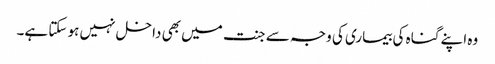
وہ اپنے گناہ کی بیماری کی وجہ سے جنت میں بھی داخل نہیں ہو سکتا ہے۔